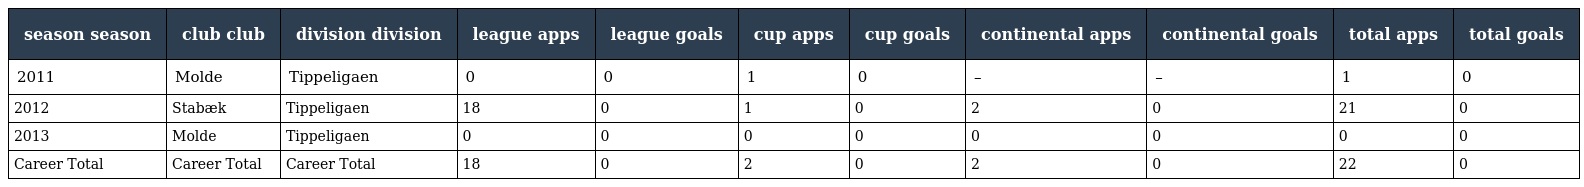
| season season | club club | division division | league apps | league goals | cup apps | cup goals | continental apps | continental goals | total apps | total goals |
 | --- | --- | --- | --- | --- | --- | --- | --- | --- | --- | --- |
 | 2011 | Molde | Tippeligaen | 0 | 0 | 1 | 0 | – | – | 1 | 0 |
 | 2012 | Stabæk | Tippeligaen | 18 | 0 | 1 | 0 | 2 | 0 | 21 | 0 |
 | 2013 | Molde | Tippeligaen | 0 | 0 | 0 | 0 | 0 | 0 | 0 | 0 |
 | Career Total | Career Total | Career Total | 18 | 0 | 2 | 0 | 2 | 0 | 22 | 0 |